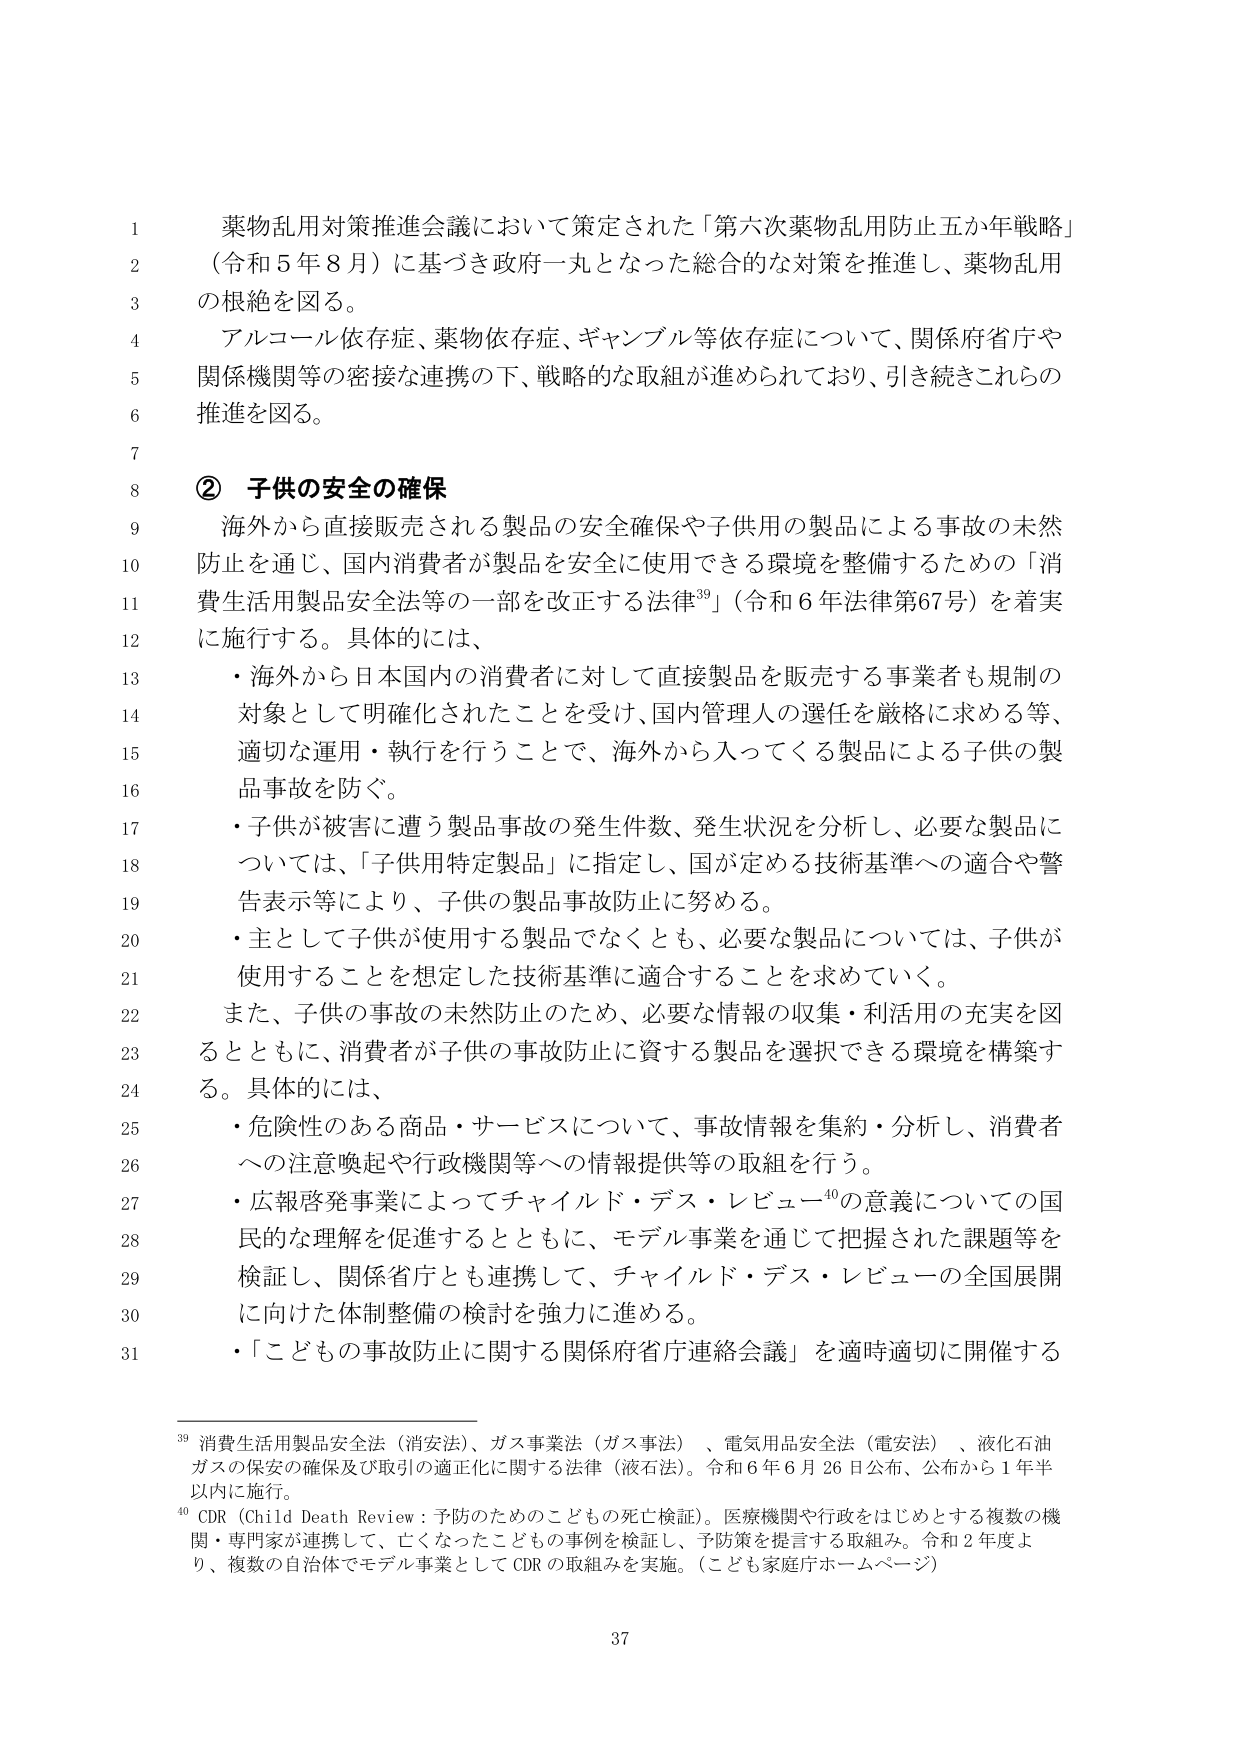
薬物乱用対策推進会議において策定された「第六次薬物乱用防止五か年戦略」
（令和５年８月）に基づき政府一丸となった総合的な対策を推進し、薬物乱用
の根絶を図る。
アルコール依存症、薬物依存症、ギャンブル等依存症について、関係府省庁や
関係機関等の密接な連携の下、戦略的な取組が進められており、引き続きこれらの
推進を図る。

② 子供の安全の確保
海外から直接販売される製品の安全確保や子供用の製品による事故の未然
防止を通じ、国内消費者が製品を安全に使用できる環境を整備するための「消
費生活用製品安全法等の一部を改正する法律³⁹」（令和６年法律第67号）を着実
に施行する。具体的には、
・海外から日本国内の消費者に対して直接製品を販売する事業者も規制の
対象として明確化されたことを受け、国内管理人の選任を厳格に求める等、
適切な運用・執行を行うことで、海外から入ってくる製品による子供の製
品事故を防ぐ。
・子供が被害に遭う製品事故の発生件数、発生状況を分析し、必要な製品に
ついては、「子供用特定製品」に指定し、国が定める技術基準への適合や警
告表示等により、子供の製品事故防止に努める。
・主として子供が使用する製品でなくとも、必要な製品については、子供が
使用することを想定した技術基準に適合することを求めていく。
また、子供の事故の未然防止のため、必要な情報の収集・利活用の充実を図
るとともに、消費者が子供の事故防止に資する製品を選択できる環境を構築す
る。具体的には、
・危険性のある商品・サービスについて、事故情報を集約・分析し、消費者
への注意喚起や行政機関等への情報提供等の取組を行う。
・広報啓発事業によってチャイルド・デス・レビュー⁴⁰の意義についての国
民的な理解を促進するとともに、モデル事業を通じて把握された課題等を
検証し、関係省庁とも連携して、チャイルド・デス・レビューの全国展開
に向けた体制整備の検討を強力に進める。
・「こどもの事故防止に関する関係府省庁連絡会議」を適時適切に開催する

³⁹ 消費生活用製品安全法（消安法）、ガス事業法（ガス事法）、電気用品安全法（電安法）、液化石油
ガスの保安の確保及び取引の適正化に関する法律（液石法）。令和６年６月26日公布、公布から１年半
以内に施行。
⁴⁰ CDR（Child Death Review：予防のためのこどもの死亡検証）。医療機関や行政をはじめとする複数の機
関・専門家が連携して、亡くなったこどもの事例を検証し、予防策を提言する取組み。令和２年度よ
り、複数の自治体でモデル事業としてCDRの取組みを実施。（こども家庭庁ホームページ）

37